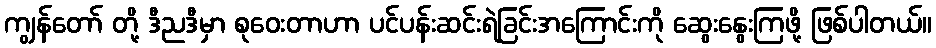
ကျွန်တော် တို့ ဒီညဒီမှာ စုဝေးတာဟာ ပင်ပန်းဆင်းရဲခြင်းအကြောင်းကို ဆွေးနွေးကြဖို့ ဖြစ်ပါတယ်။